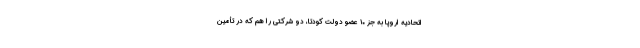
اتحادیه اروپا به جز ۱۰ عضو دولت کودتا، دو شرکتی را هم که در تأمین